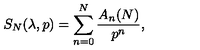
S _ { N } ( \lambda , p ) = \sum _ { n = 0 } ^ { N } { \frac { A _ { n } ( N ) } { p ^ { n } } } ,